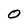
Character: O